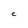
Character: C